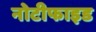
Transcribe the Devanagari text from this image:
नोटीफाइड